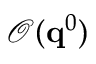
\mathcal { O } ( \mathbf { q } ^ { 0 } )